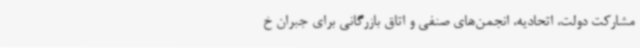
مشارکت دولت، اتحادیه، انجمن‌های صنفی و اتاق بازرگانی برای جبران خ